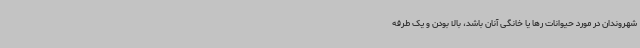
شهروندان در مورد حیوانات رها یا خانگی آنان باشد، بالا بودن و یک طرفه